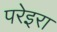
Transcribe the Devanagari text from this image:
परेइरा